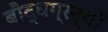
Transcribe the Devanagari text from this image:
बौद्धग्रन्थों